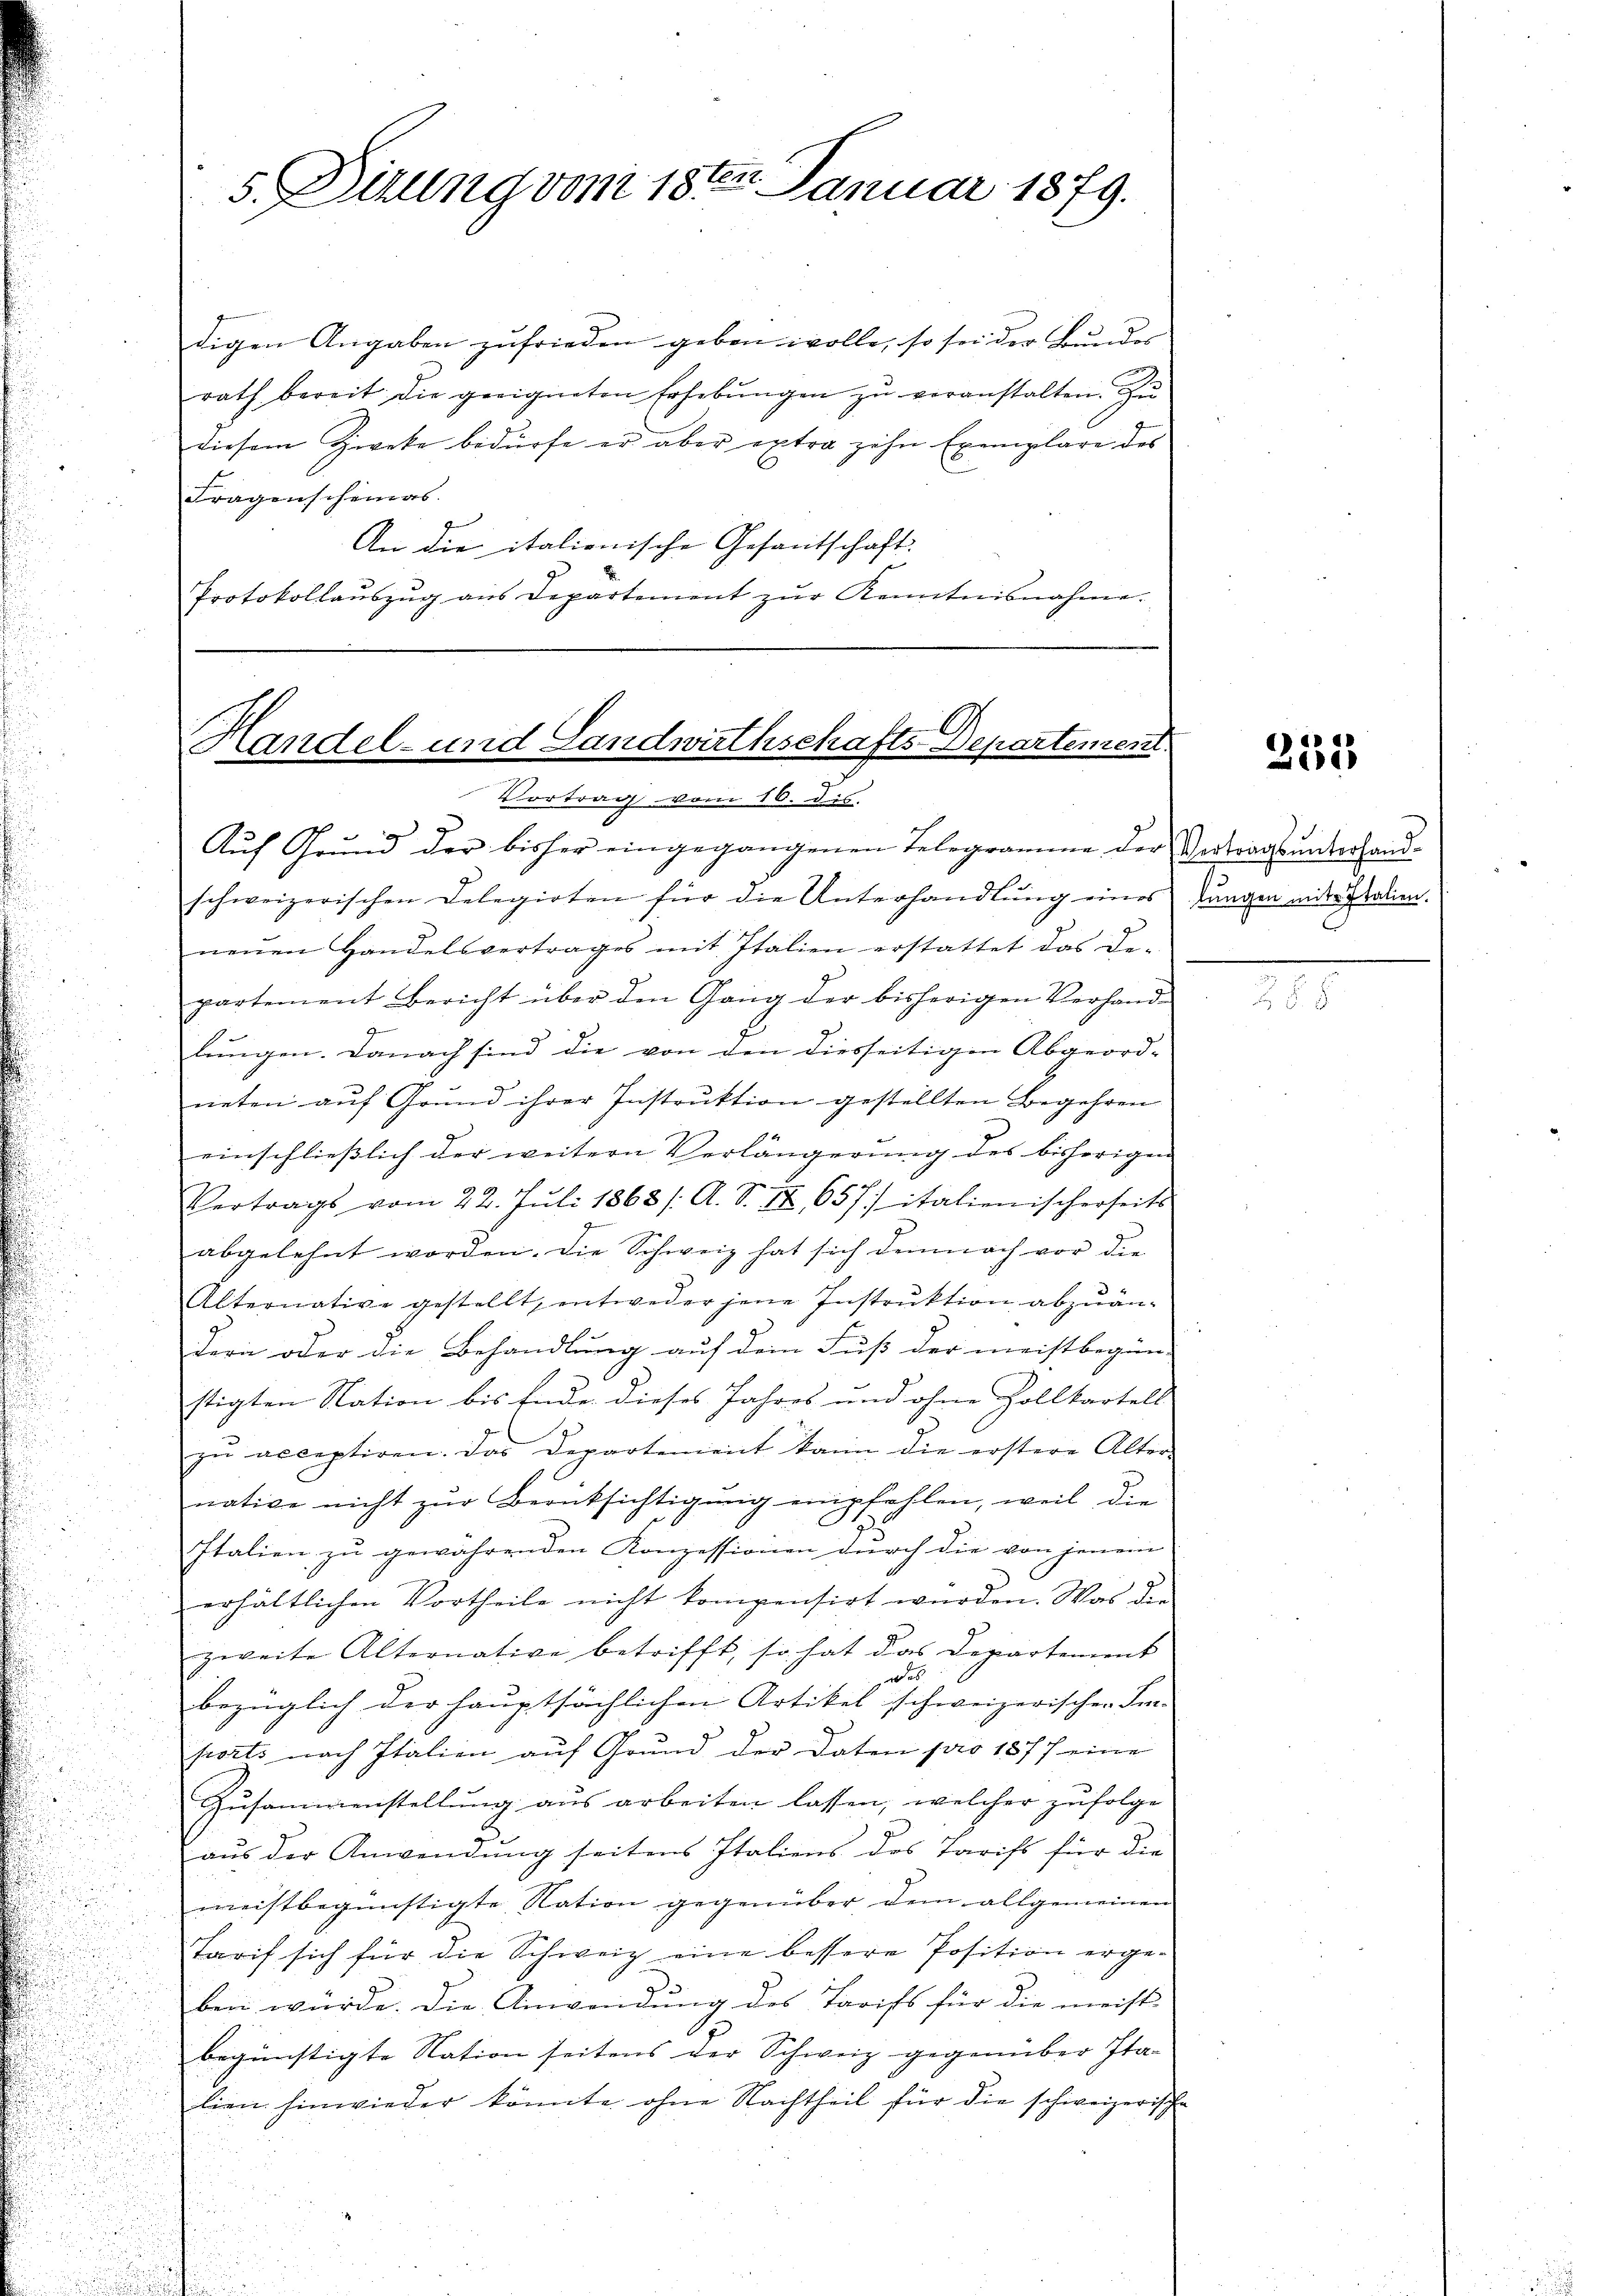
s. Dirung vom 18ten Januar 1879.

digen Angaben zufrieden geben wolle, so sei der Bundes |
rath bereit die geeigneten Erhebungen zu veranstalten. Zu
diesem Zweke bedürfe er aber extra zehn Exemplare des
Fragenscheinas.
An die italienische Gesantschaft
Protokollaŭszŭg aŭs Departement zŭr Kenntnisnahme.

Handel- und Landwirthschafts-Departement.
Vortrag vom 16. dis.

Auf Grund der bisher eingegangenen Telegramme der Vertrags unterhandschweizerischen Delegirten für die Unterhandlŭng eines Lungen mit Italien.
neŭen Handelsvertrages mit Italien erstattet das Be-
partement Bericht über den Gang der bisherigen Verhand-
lungen. Danach sind die von den diesseitigen Abgeord-
neten aŭf Grund ihrer Instrŭktion gestellten Begehren
einschließlich der weitern Verlängerung des bisherigen
Vertrags vom 22. Jŭli 1868 /: A. S. 17, 657/ italienischerseits
abgelehnt worden. Die Schweiz hat sich demnach vor die
Alternative gestellt, entweder jene Instruktion abzuändern oder die Behandlung auf dem Fuß der meistbegin-
stigten Nation bis Ende dieses Jahres und ohne Zollkartell
zŭ acceptiren. Das Departement kann die erstere Alter-
native nicht zur Berücksichtigung empfehlen, weil die
Italien zu gewährenden Konzessionen durch die von jenem
erhältlichen Vortheile nicht kompensirt würden. Was der
zweite Alternative betrifft, so hat das Departement
e
bezüglich der hauptsächlichen Artikel schweizerischen Fa-
ports nach Italien auf Grund der Daten pro 1877 eine
Zusammenstellung aus arbeiten lassen, welcher zufolge
aus der Anwendung seitens Italiens des Tarifs für die
meistbegünstigte Nation gegenüber dem allgemeinen
Tarif sich für die Schweiz eine bessere Position erge¬
.
ben würde. Die Anwendung des Tarifs für die meist
begünstigte Nation seitens der Schweiz gegenüber Ita-
lien hinwieder könnte ohne Nachtheil für die schweizerische

232